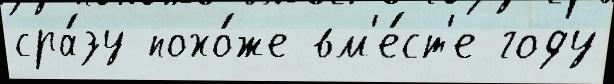
сра́зу похо́же вм'е́ст'е году